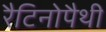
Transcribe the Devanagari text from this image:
रैटिनोपैथी